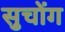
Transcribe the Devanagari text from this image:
सुचोंग